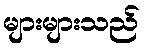
များများသည်